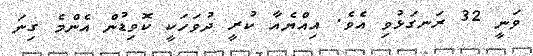
ވަނީ 32 ރަނގަޅުވި އެވެ. އިއްޔެއާ ކުރީ ދުވަހަކީ ކޮވިޑުން އެންމެ ގިނަ